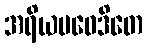
အရိယပဝေဒိတေ